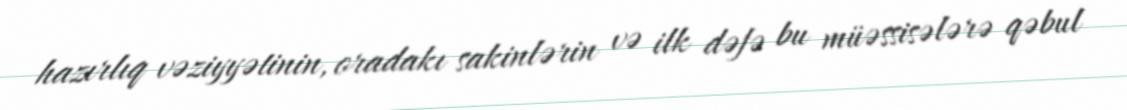
hazırlıq vəziyyətinin, oradakı sakinlərin və ilk dəfə bu müəssisələrə qəbul